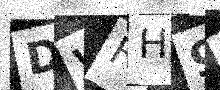
Text: DWFH9P